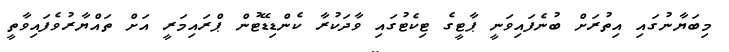
މިބަޔާނުގައި އިތުރަށް ބުނެފައިވަނީ ޕާޓީގެ ޓިކެޓުގައި ވާދަކުރާ ކެންޑިޑޭޓުން ޕްރައިމަރީ އަށް ތައްޔާރުވެފައިވާތީ